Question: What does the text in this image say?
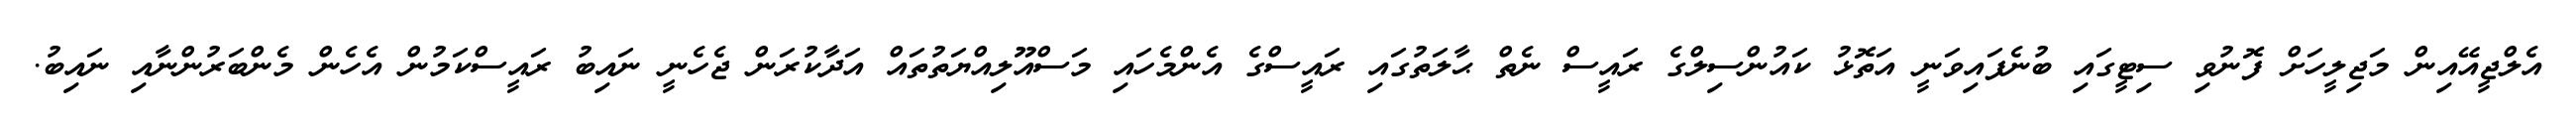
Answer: އެލްޖީއޭއިން މަޖިލީހަށް ފޮނުވި ސިޓީގައި ބުނެފައިވަނީ އަތޮޅު ކައުންސިލްގެ ރައީސް ނެތް ޙާލަތުގައި ރައީސްގެ އެންމެހައި މަސްއޫލިއްޔަތުތައް އަދާކުރަން ޖެހެނީ ނައިބު ރައީސްކަމުން އެހެން މެންބަރުންނާއި ނައިބު.